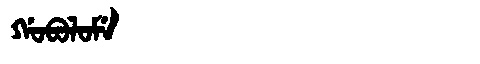
Manchu: ᡤᠣᠪᠣᠯᠣᠮᡝ
Romanization: GOBOLOME